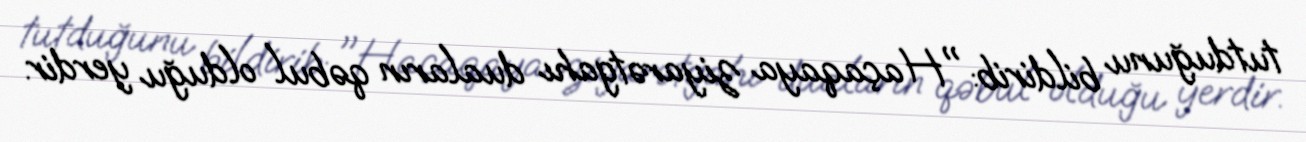
tutduğunu bildirib: "Haçaqaya ziyarətgahı duaların qəbul olduğu yerdir.